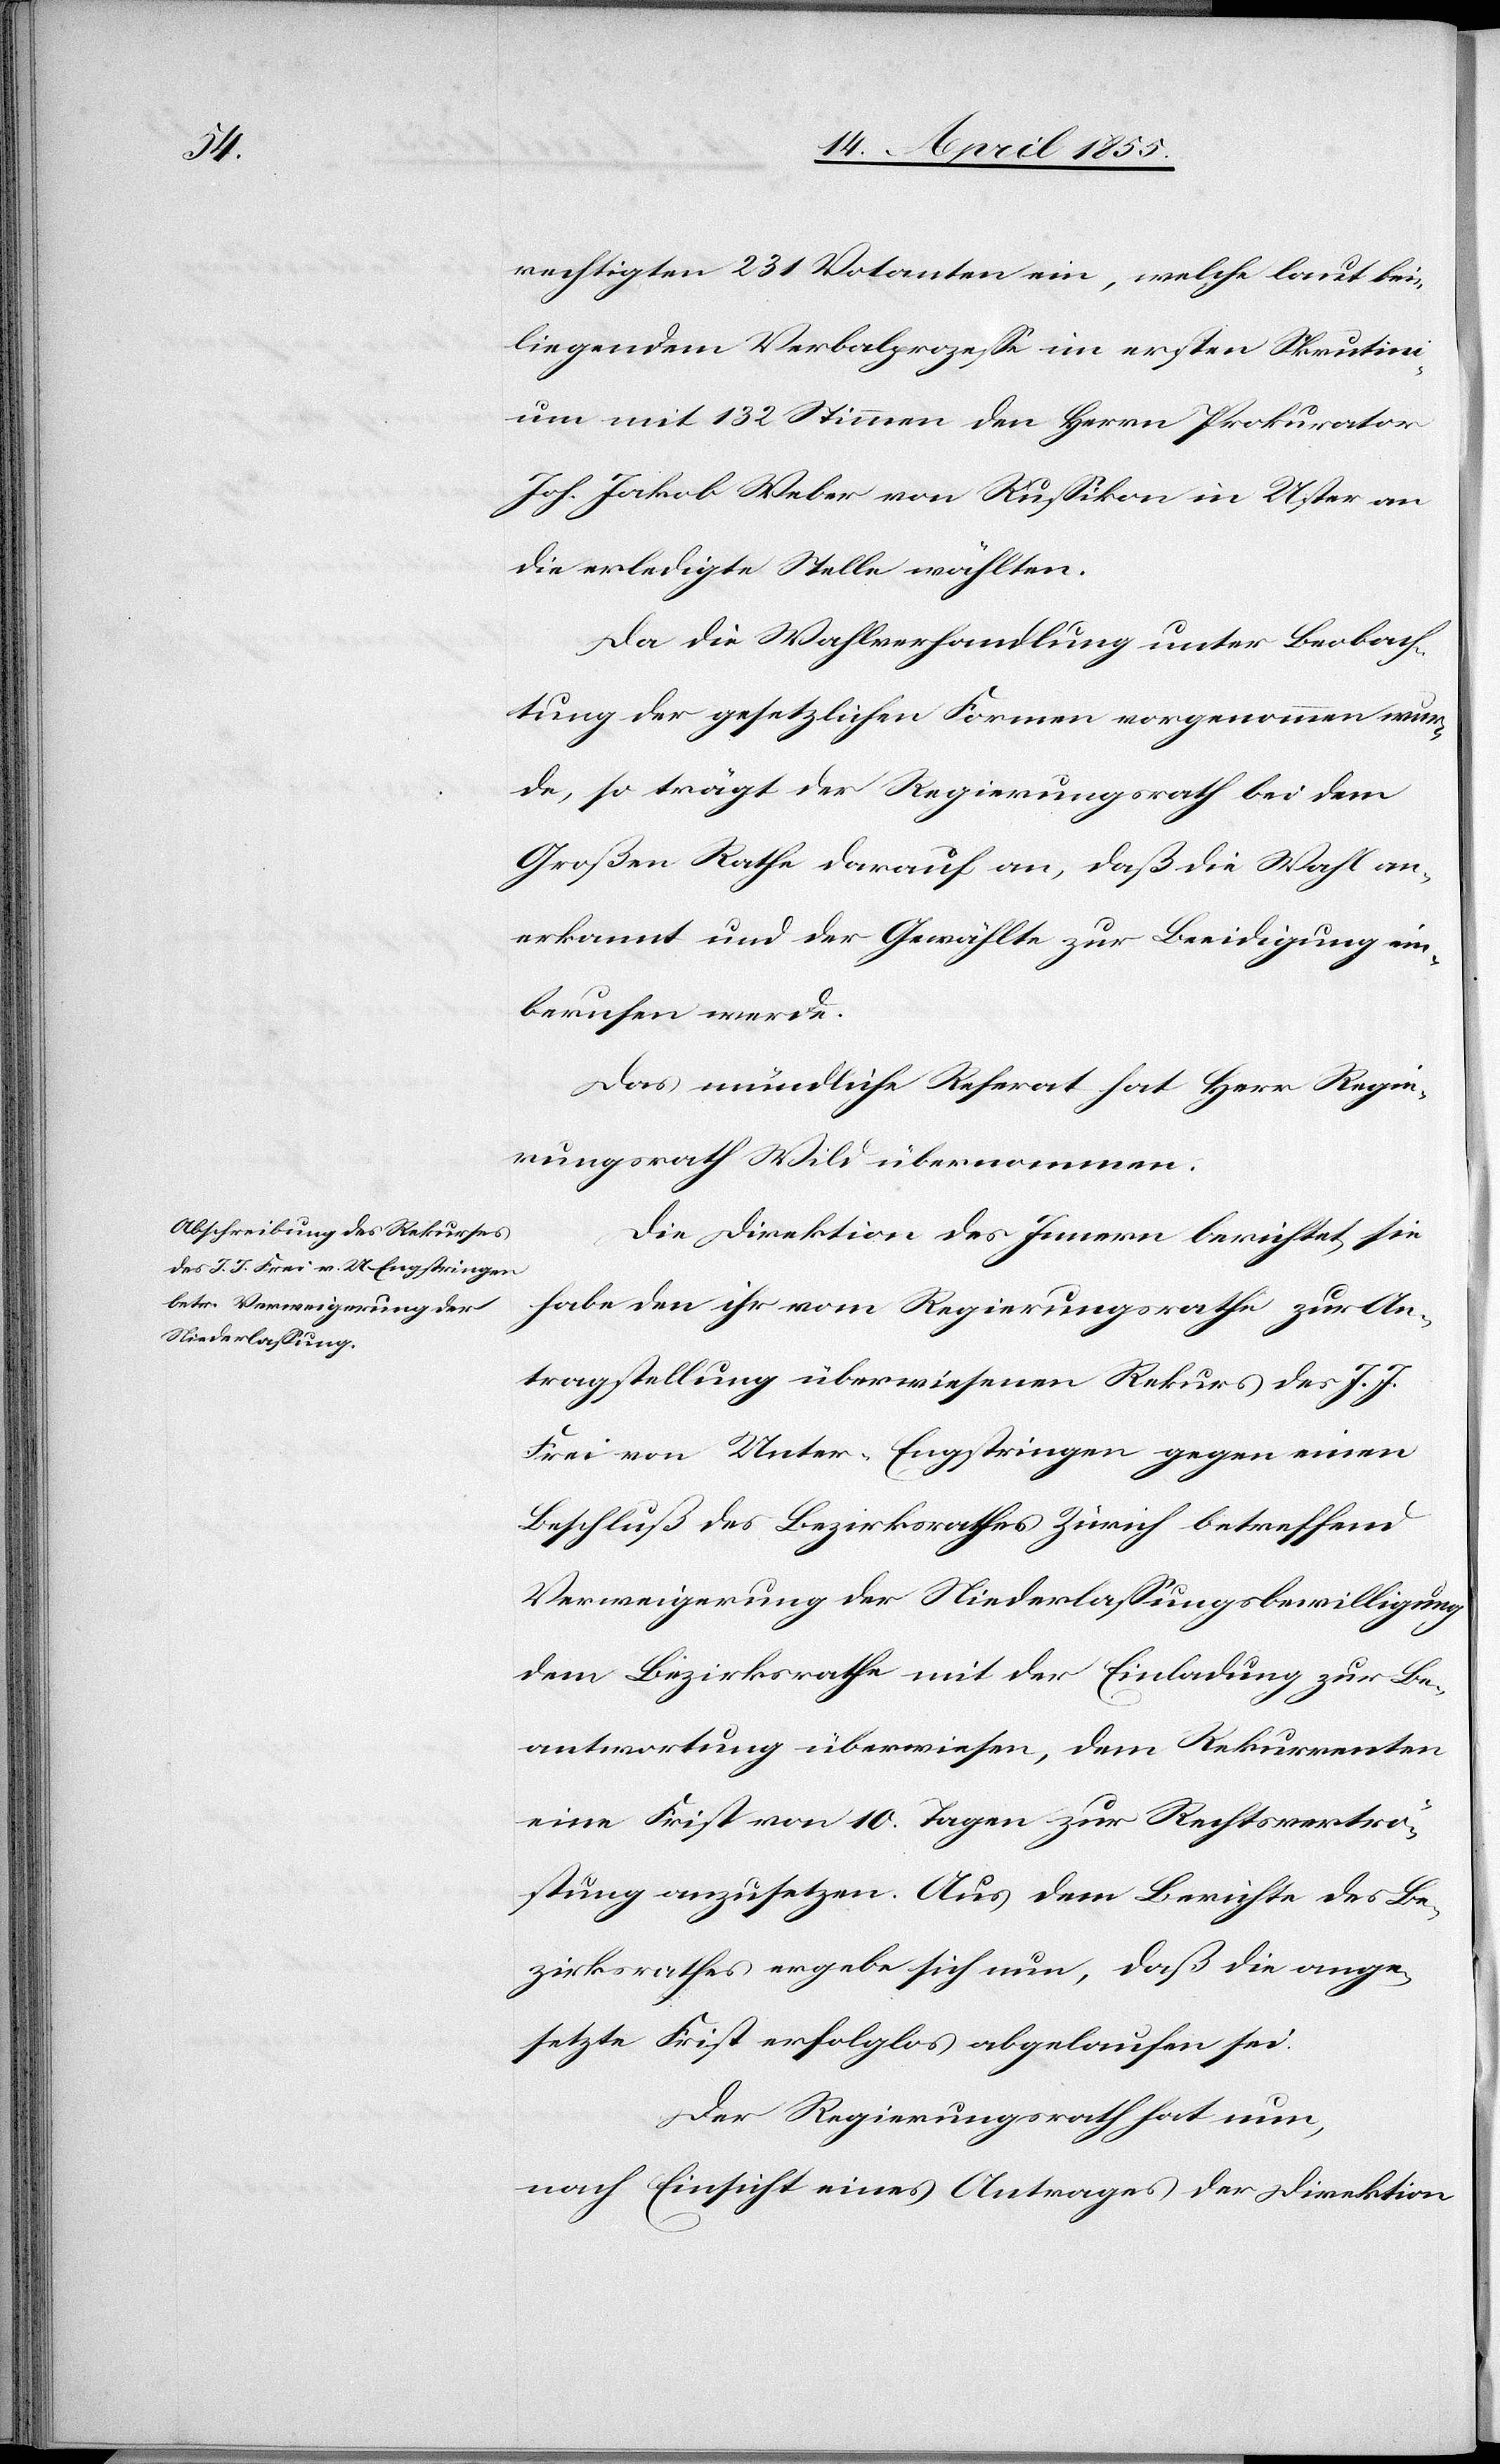
rechtigten 231 Votanten ein, welche laut bei¬
liegendem Verbalprozesse im ersten Skrutini¬
um mit 132 Stimmen den Herrn Prokurator
[sic!] Jakob Weber von Russikon in Uster an
die erledigte Stelle wählten.
Da die Wahlverhandlung unter Beobach¬
tung der gesetzlichen Formen vorgenommen wur¬
de, so trägt der Regierungsrath bei dem
Großen Rathe darauf an, daß die Wahl an¬
erkannt und der Gewählte zur Beeidigung ein¬
berufen werde.
Das mündliche Referat hat Herr Regie¬
rungsrath Wild übernommen.
Die Direktion des Innern berichtet, sie
habe den ihr vom Regierungsrathe zur An¬
tragstellung überwiesenen Rekurs des J. J.
Frei von Unter-Engstringen gegen einen
Beschluß des Bezirksrathes Zürich betreffend
Verweigerung der Niederlassungsbewilligung
dem Bezirksrathe mit der Einladung zur Be¬
antwortung überwiesen, dem Rekurrenten
eine Frist von 10. Tagen zur Rechtsvertrö¬
stung anzusetzen. Aus dem Berichte des Be¬
zirksrathes ergebe sich nun, daß die ange¬
setzte Frist erfolglos abgelaufen sei.
Der Regierungsrath hat nun,
nach Einsicht eines Antrages der Direktion